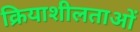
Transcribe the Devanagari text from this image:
क्रियाशीलताओं